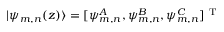
| \psi _ { m , n } ( z ) \rangle = [ \psi _ { m , n } ^ { A } , \psi _ { m , n } ^ { B } , \psi _ { m , n } ^ { C } ] ^ { \mathrm { ~ T ~ } }